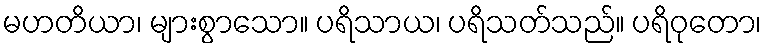
မဟတိယာ၊ များစွာသော။ ပရိသာယ၊ ပရိသတ်သည်။ ပရိဝုတော၊